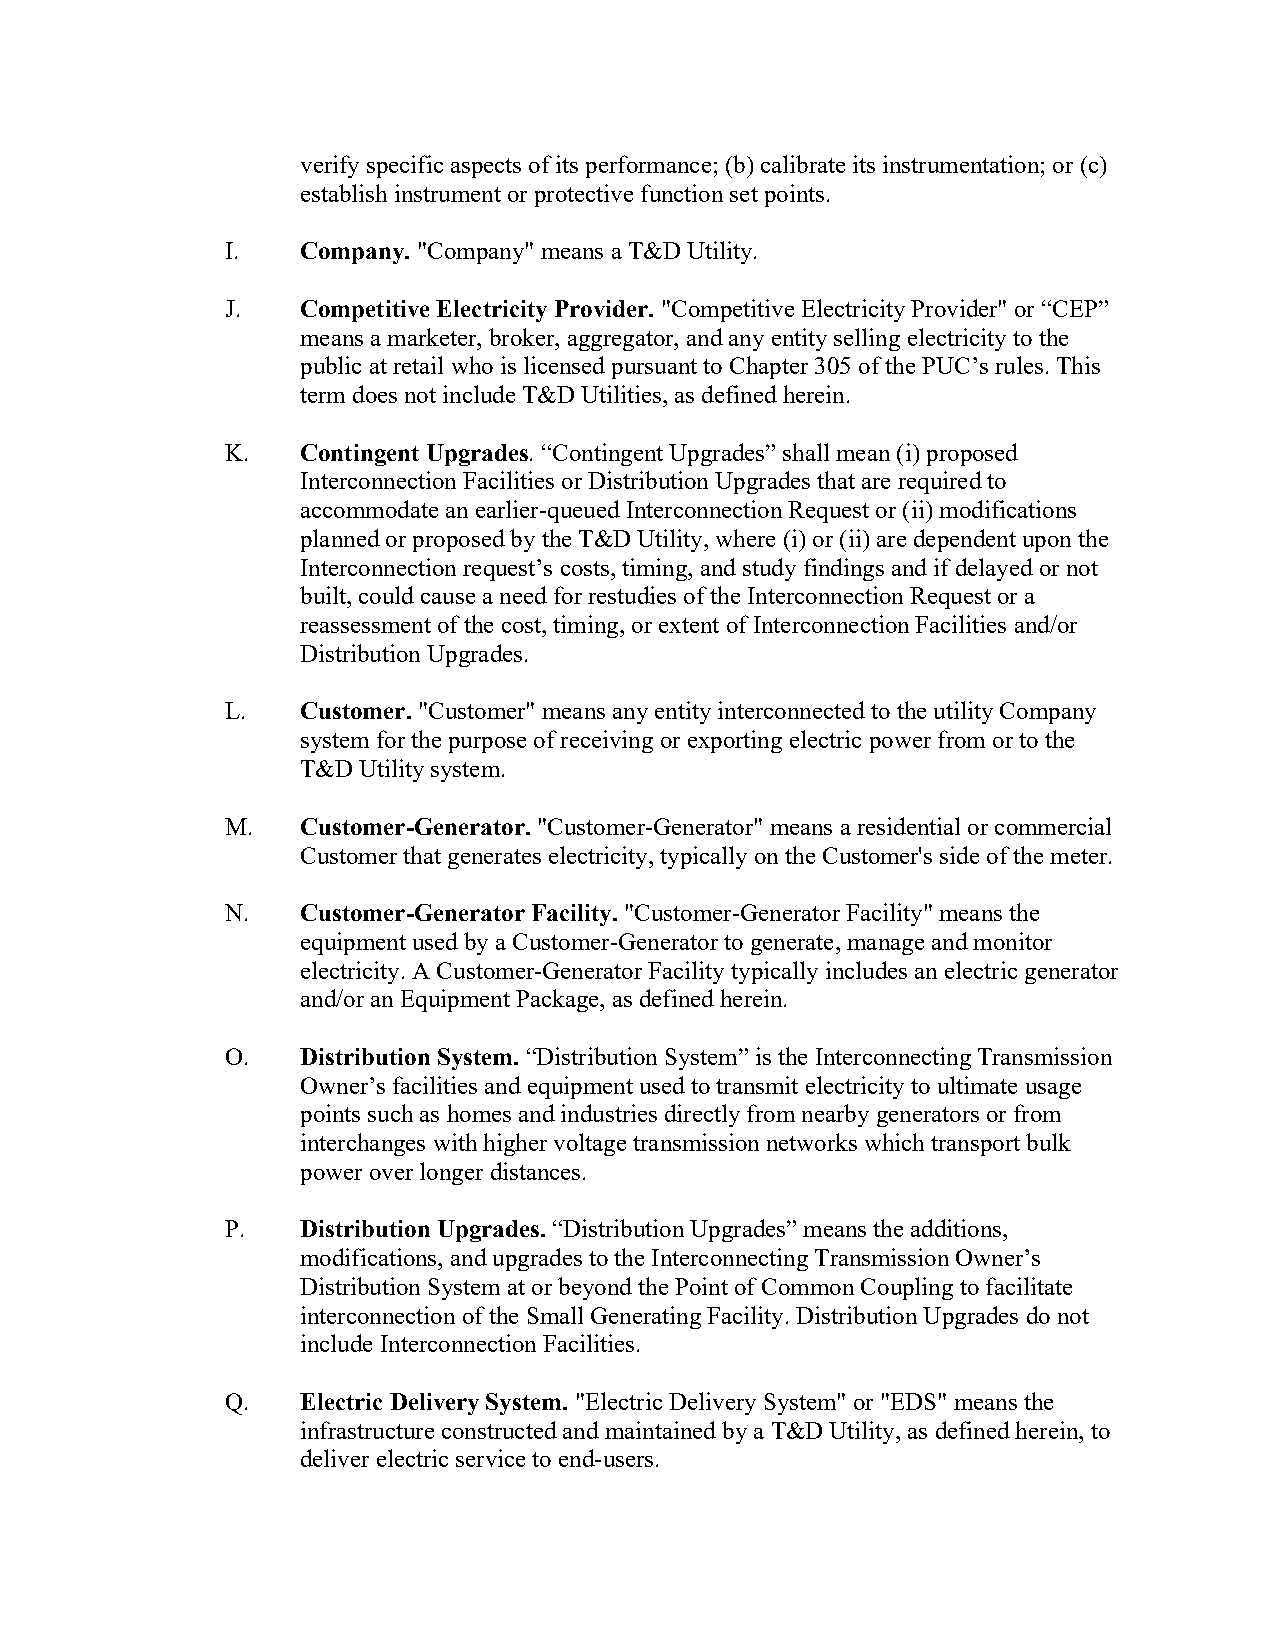
verify specific aspects of its performance; (b) calibrate its instrumentation; or (c)
 establish instrument or protective function set points.
 I.   Company. "Company" means a T&D Utility.
 J.   Competitive Electricity Provider. "Competitive Electricity Provider" or “CEP”
 means a marketer, broker, aggregator, and any entity selling electricity to the
 public at retail who is licensed pursuant to Chapter 305 of the PUC’s rules. This
 term does not include T&D Utilities, as defined herein.
 K.   Contingent Upgrades. “Contingent Upgrades” shall mean (i) proposed
 Interconnection Facilities or Distribution Upgrades that are required to
 accommodate an earlier-queued Interconnection Request or (ii) modifications
 planned or proposed by the T&D Utility, where (i) or (ii) are dependent upon the
 Interconnection request’s costs, timing, and study findings and if delayed or not
 built, could cause a need for restudies of the Interconnection Request or a
 reassessment of the cost, timing, or extent of Interconnection Facilities and/or
 Distribution Upgrades.
 L.   Customer. "Customer" means any entity interconnected to the utility Company
 system for the purpose of receiving or exporting electric power from or to the
 T&D Utility system.
 M.   Customer-Generator. "Customer-Generator" means a residential or commercial
 Customer that generates electricity, typically on the Customer's side of the meter.
 N.   Customer-Generator Facility. "Customer-Generator Facility" means the
 equipment used by a Customer-Generator to generate, manage and monitor
 electricity. A Customer-Generator Facility typically includes an electric generator
 and/or an Equipment Package, as defined herein.
 O.   Distribution System. “Distribution System” is the Interconnecting Transmission
 Owner’s facilities and equipment used to transmit electricity to ultimate usage
 points such as homes and industries directly from nearby generators or from
 interchanges with higher voltage transmission networks which transport bulk
 power over longer distances.
 P.   Distribution Upgrades. “Distribution Upgrades” means the additions,
 modifications, and upgrades to the Interconnecting Transmission Owner’s
 Distribution System at or beyond the Point of Common Coupling to facilitate
 interconnection of the Small Generating Facility. Distribution Upgrades do not
 include Interconnection Facilities.
 Q.   Electric Delivery System. "Electric Delivery System" or "EDS" means the
 infrastructure constructed and maintained by a T&D Utility, as defined herein, to
 deliver electric service to end-users.